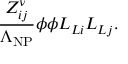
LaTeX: { \frac { Z _ { i j } ^ { \nu } } { \Lambda _ { \mathrm { N P } } } } \phi \phi L _ { L i } L _ { L j } .